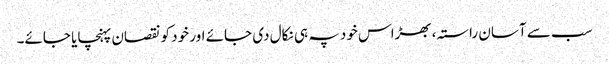
سب سے آسان راستہ، بھڑاس خود پہ ہی نکال دی جائے اور خود کو نقصان پہنچایا جائے۔